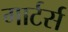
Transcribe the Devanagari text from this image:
गार्टर्स